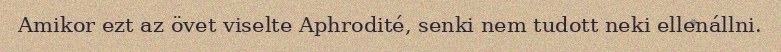
Amikor ezt az övet viselte Aphrodité, senki nem tudott neki ellenállni.